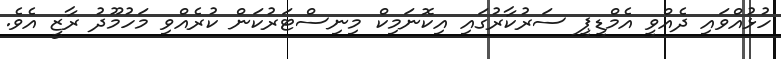
ހުޅުއްވައި ދެއްވީ އެމްޑީޕީ ސަރުކާރުގައި އިކޮނަމިކް މިނިސްޓަރުކަން ކުރެއްވި މަހުމޫދު ރާޒީ އެވެ.